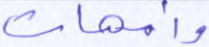
وأمهات